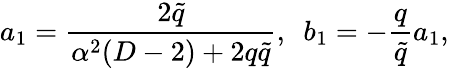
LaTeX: a_{1}=\frac{2\tilde{q}}{\alpha^{2}(D-2)+2q\tilde{q}},~~b_{1}=-\frac{q}{\tilde{q}}a_{1},